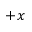
+ x